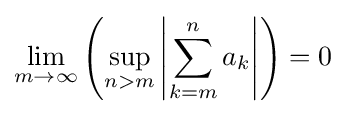
\lim _{m\to \infty }\left(\sup _{n>m}\left|\sum _{k=m}^{n}a_{k}\right|\right)=0